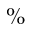
\%